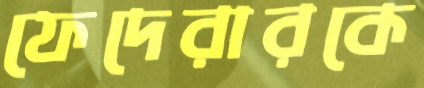
ফেদেরারকে